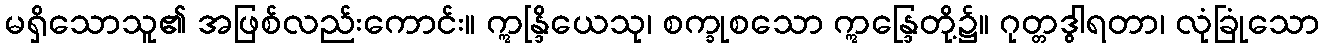
မရှိသောသူ၏ အဖြစ်လည်းကောင်း။ ဣန္ဒြိယေသု၊ စက္ခုစသော ဣန္ဒြေတို့၌။ ဂုတ္တဒွါရတာ၊ လုံခြုံသော